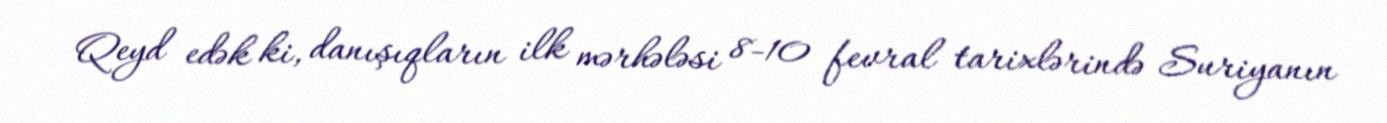
Qeyd edək ki, danışıqların ilk mərhələsi 8-10 fevral tarixlərində Suriyanın